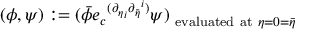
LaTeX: ( \phi , \psi ) : = { ( \bar { \phi } { e _ { c } } ^ { ( { { \partial } _ { \eta } } _ { i } { { \partial } _ { \bar { \eta } } } ^ { i } ) } \psi ) } _ { \mathrm { \small ~ e v a l u a t e d ~ a t ~ \mathrm { } } \eta = 0 = \bar { \eta } }